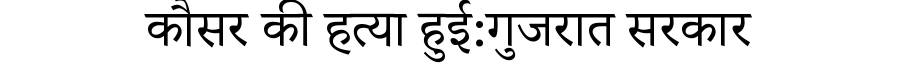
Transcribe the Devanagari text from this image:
कौसर की हत्या हुई:गुजरात सरकार